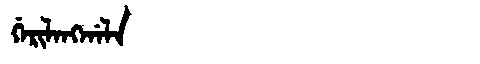
Manchu: ᡤᡝᡵᡳᠯᠠᠩᡤᠠᠯᠠ
Romanization: GERILANGGALA